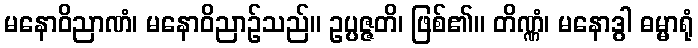
မနောဝိညာဏံ၊ မနောဝိညာဉ်သည်။ ဥပ္ပဇ္ဇတိ၊ ဖြစ်၏။ တိဏ္ဏံ၊ မနောဒွါ ဓမ္မာရုံ